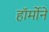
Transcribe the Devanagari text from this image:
हॉर्मोने